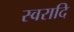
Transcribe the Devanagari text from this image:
स्वरादि